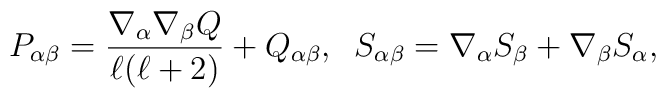
P_{\alpha\beta}=\frac{\nabla_{\alpha}\nabla_{\beta}Q}{\ell(\ell+2)}+Q_{\alpha\beta} ,\;\;S_{\alpha\beta}=\nabla_{\alpha}S_{\beta}+\nabla_{\beta}S_{\alpha},